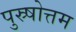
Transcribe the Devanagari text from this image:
पुस्र्षोत्तम